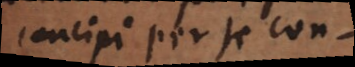
concipi per se conci